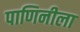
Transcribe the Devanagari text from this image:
पाणिनीला